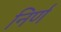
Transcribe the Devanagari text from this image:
निर्ण